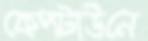
কেপটাউনে